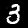
Label: 3